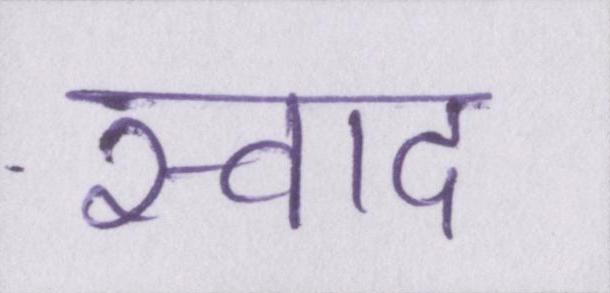
स्वाद